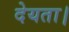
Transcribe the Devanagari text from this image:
देयता।